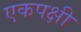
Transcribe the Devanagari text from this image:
एकपक्षी